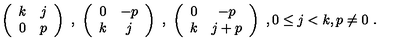
\left( \begin{array} { c c } { k } & { j } \\ { 0 } & { p } \\ \end{array} \right) \ , \ \left( \begin{array} { c c } { 0 } & { - p } \\ { k } & { j } \\ \end{array} \right) \ , \ \left( \begin{array} { c c } { 0 } & { - p } \\ { k } & { j + p } \\ \end{array} \right) \ , 0 \leq j < k , p \neq 0 \ .